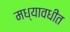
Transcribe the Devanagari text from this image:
मध्यावधीत